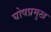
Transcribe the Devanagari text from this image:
घोषप्रमुख